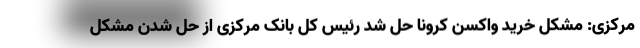
مرکزی: مشکل خرید واکسن کرونا حل شد رئیس کل بانک مرکزی از حل شدن مشکل